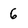
Character: 6